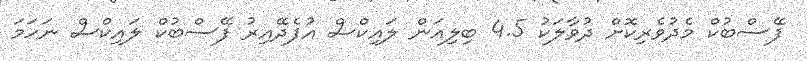
ފޭސްބުކް މެދުވެރިކޮށް ދުވާލަކު 4.5 ބިލިއަން ލައިކްސް އުފެދޭއިރު ފޭސްބުކް ލައިކްސް ނަހަމަ